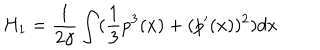
H _ { 1 } = \frac { 1 } { 2 \gamma } \int ( \frac { 1 } { 3 } p ^ { 3 } ( x ) + ( p ^ { \prime } ( x ) ) ^ { 2 } ) d x